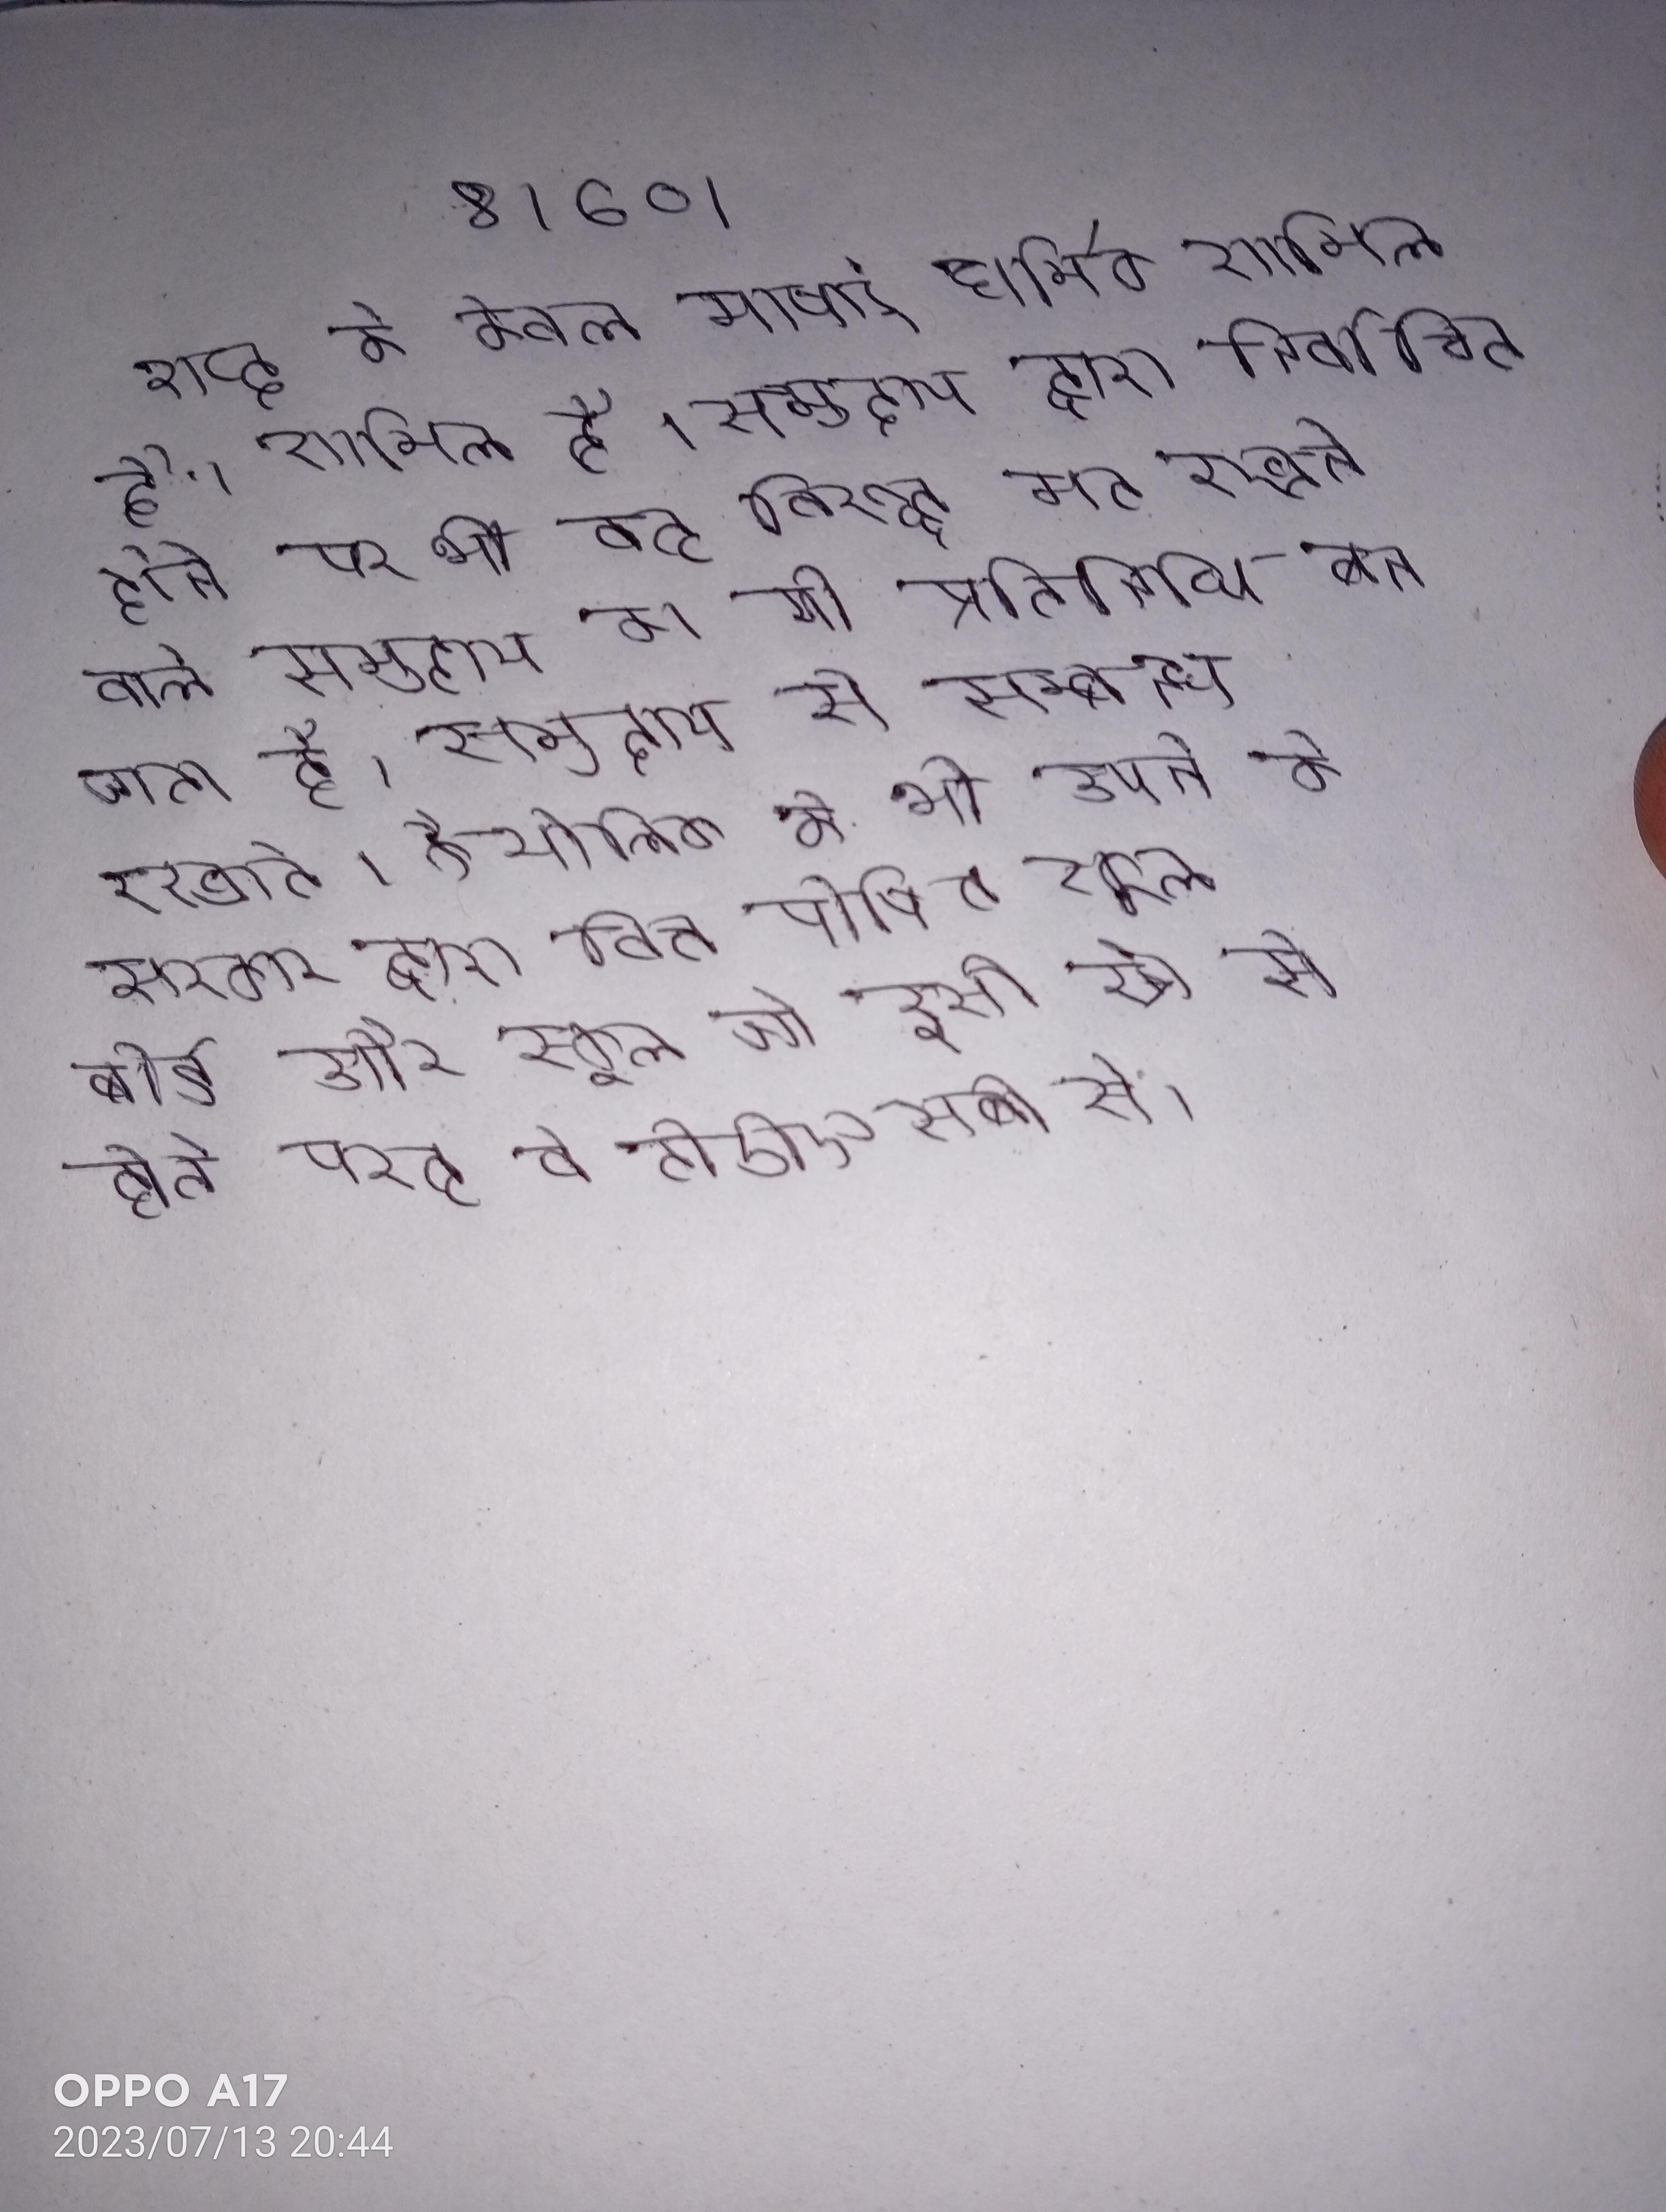
शब्द के केवल भाषाई धार्मिक शामिल है । शामिल है । समुदाय द्वारा निर्वाचित होने पर भी वह विरुद्ध मत रखने वाले समुदाय का भी प्रतिनिधि बन जाता है । समुदाय से सम्बन्ध रखते । कैथोलिक और कैथोलिक के भी अपने के सरकार द्वारा वित्त पोषित स्कूल बोर्ड और स्कूल जो इसी क्षेत्र से होते परन्तु वे टीडीएसबी से ।